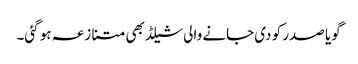
گویا صدر کو دی جانے والی شیلڈ بھی متنازعہ ہو گئی۔